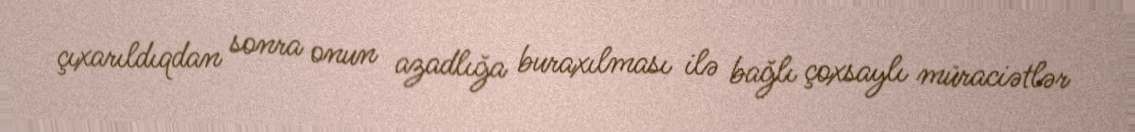
çıxarıldıqdan sonra onun azadlığa buraxılması ilə bağlı çoxsaylı müraciətlər